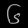
Digit: ၆